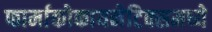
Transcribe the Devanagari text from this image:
फार्माकोकायनेटिक्समध्ये